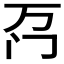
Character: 𫔬